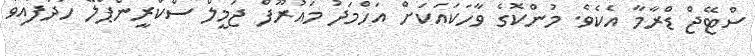
ސްޓޭޖް ޑްރާމާ އެކެވެ. މުންކޮގެ ވާހަކައަކަށް އަހްމަދު މައުރޫފް ޖަމީލް ސްކްރީންޕްލޭ ހަދާފައިވާ